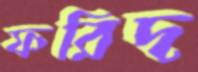
ফরিদ